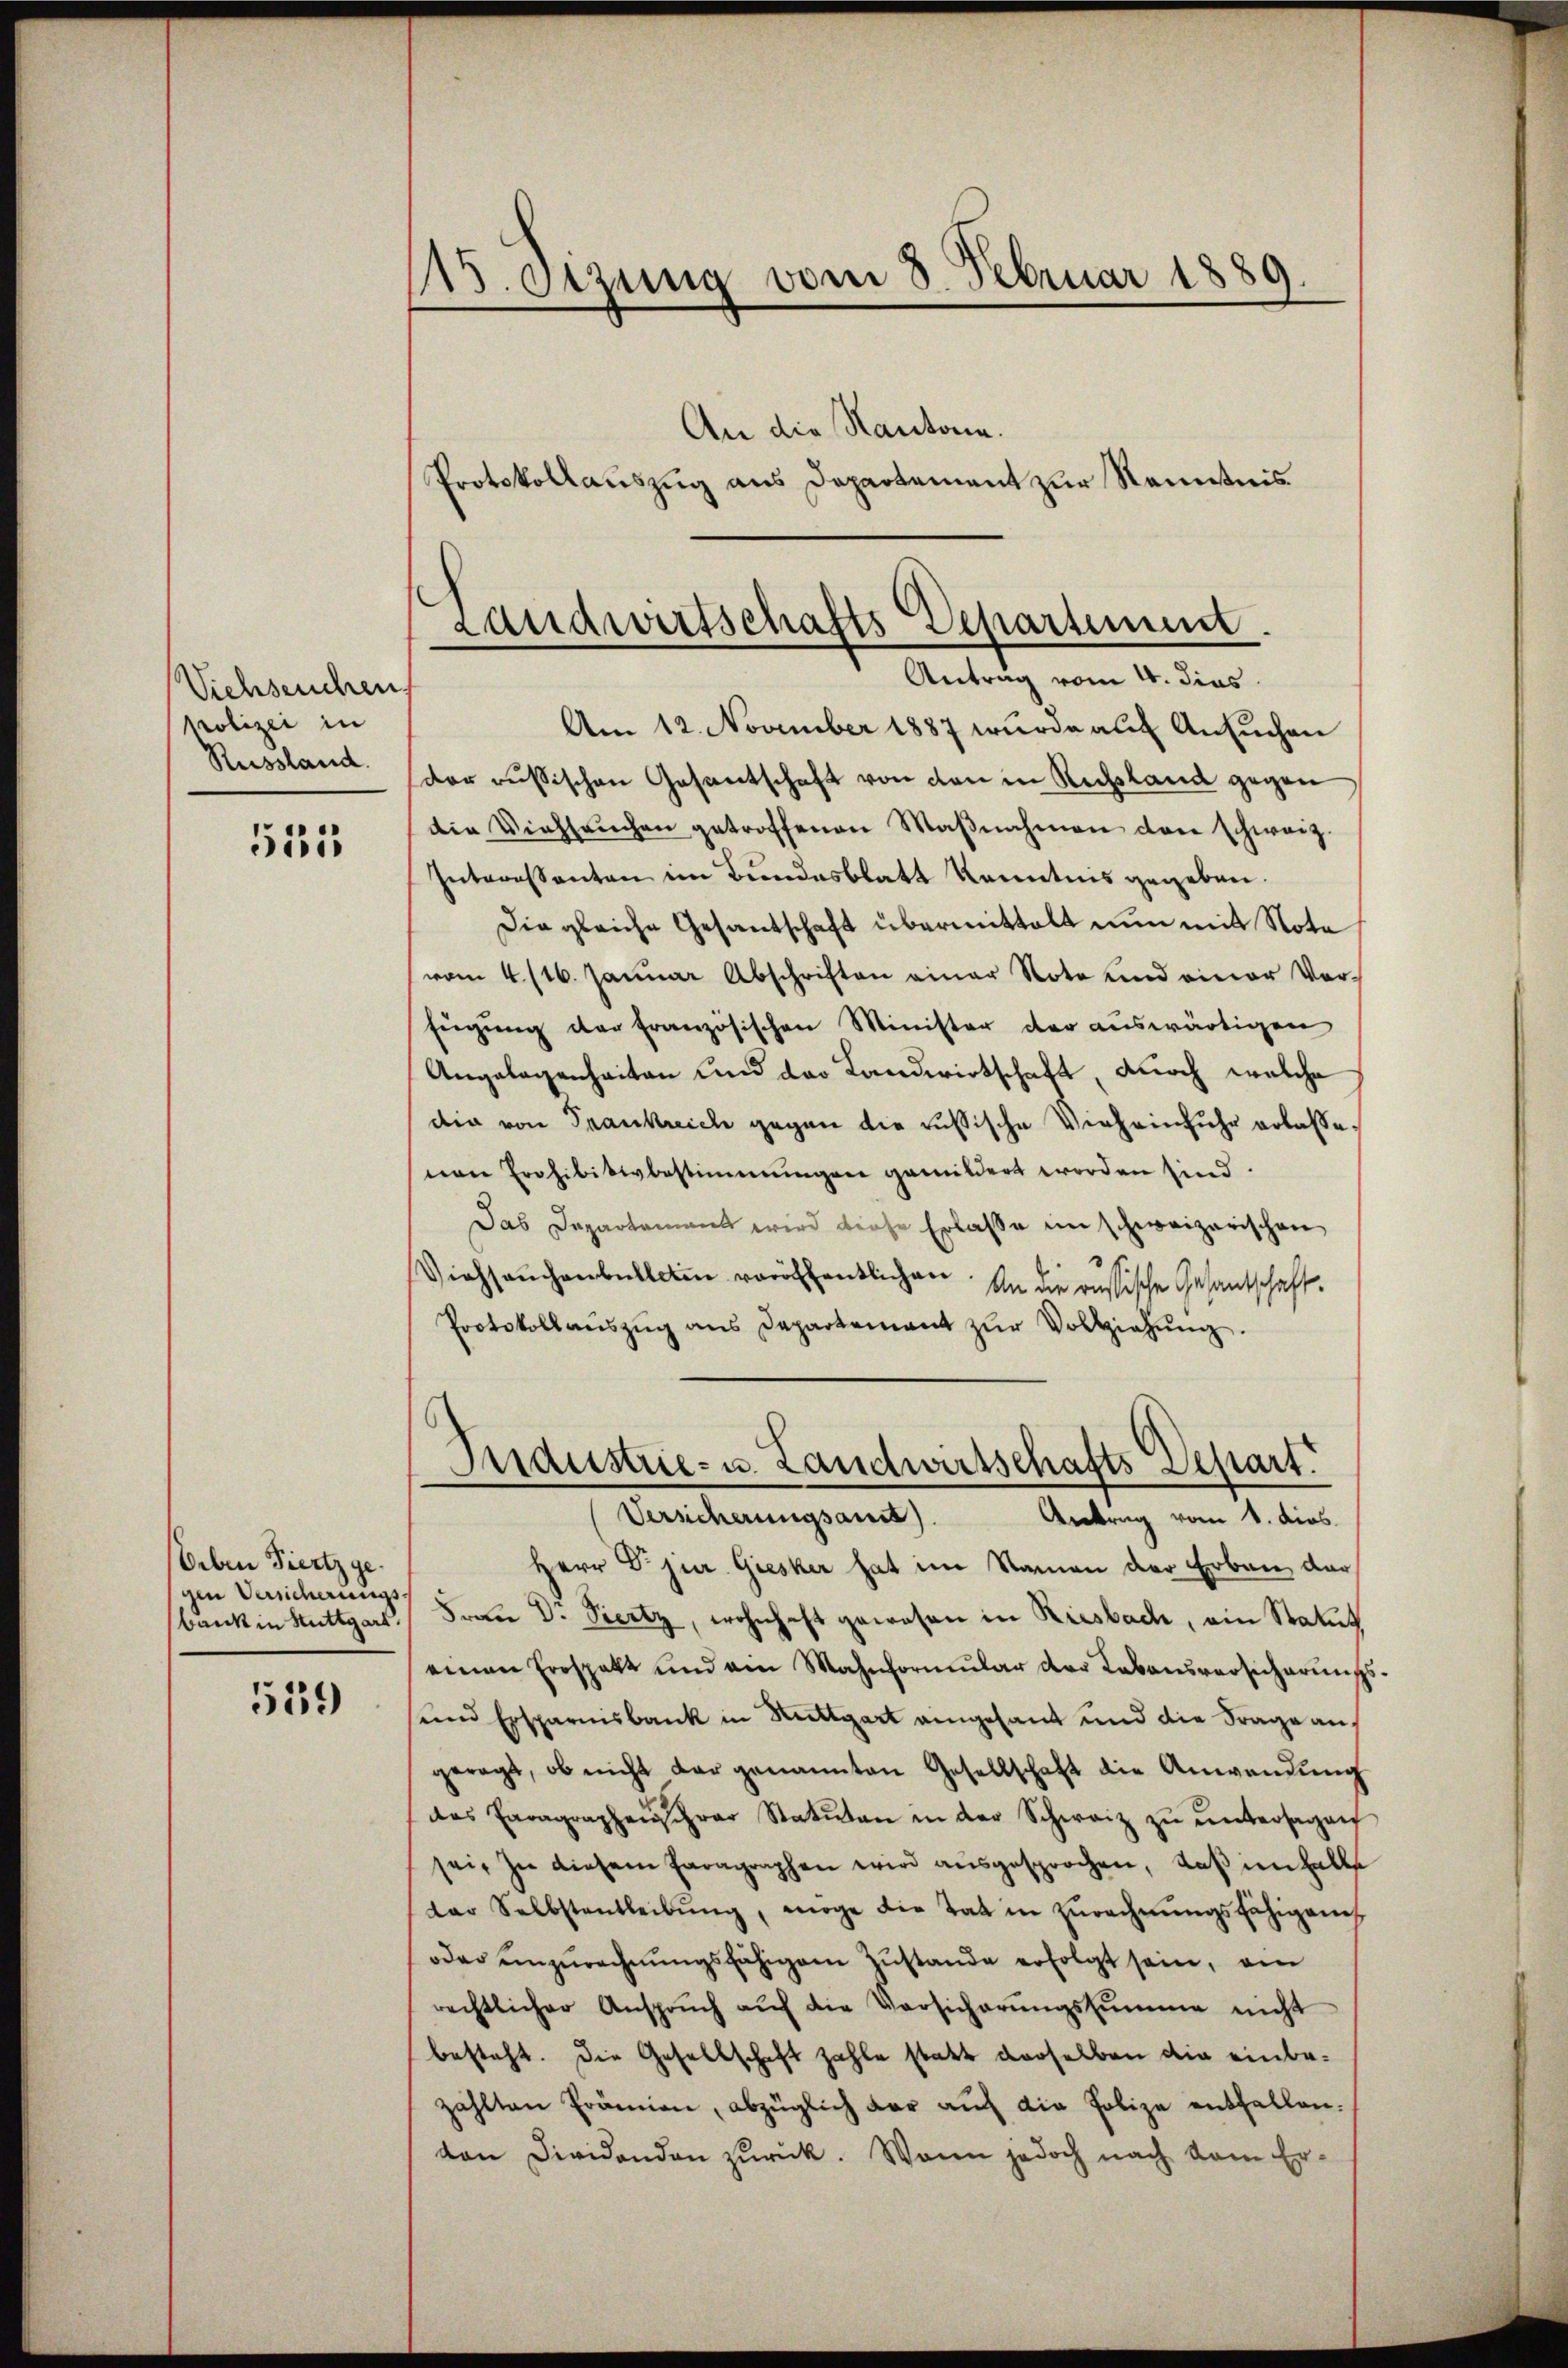
Viehseuchen
Polizei in
Russland.

515

Orben Fiertz gegen Versicherungsbank in Stuttgart.

539

13. Stzung vom 8. Februar 1889.

An die Kantone.
Protokollauszug aus Departement zur Kenntnis

Landwirtschafts-Departement.
Antrag vom 4. dies

Am 12. November 1887 wurde auf Ansuchen
der russischen Gesantschaft von den in Russland gegen
die Viehseuchen getroffenen Maβnahmen den schwarz
Interessanten im Bundesblatt Kenntnis gegeben.
Die gleiche Gesantschaft übermittelt nun mit Nota
vom 4. 16. Janŭar Abschriften einer Note und einer Ver-
fügung der französischen Minister der auswärtigen
Angelegenheiten und der Landwirtschaft, doch welche
dia von Frankreich gegen die russische Vieheinfuhr erlaßenen Erohibitbestimmungen gemildert worden sind.
Das Departement wird diese Erlasse im schweizerischen
Viehseuchenballain veröffentlichen. In die russische Gesantschaft.
Protokollaŭszŭg ans Departement zŭr Vollziehŭng.
Herr Dr. jur. Giesker hat im Namen der Erben der
Frau Dr. Viertz, wohnhaft gewesen in Riesbach, ein Statut
einen Erspalt und am Mahnformŭlar der Lebensversicherŭng
sund Ersparnisbank in Rittgart angesant und die Frage angeregt, ob nicht dar genannten Gesellschaft die Anwendŭng
das Paragraphenschrar Statuten in der Schweiz zŭ ŭntersagen
sei. In diesem Paragraphen wird aŭsgesprochen, daβ ienhalls
der Selbstentleibŭng, möge die Tat in Zŭrechnŭngsfähigen
oder unzurechnŭngsfähigem Zustande erfolgt sein, am
rechtlicher Ansprŭch aŭf die Versicherŭngssumme nicht
besteht. Die Gesellschaft zahle statt derselben die einbezahlten Prämien, abzüglich dar aŭf die Polize entfallen.
von Dividandon zŭrück. Wenn jedoch nach dem Er-

Industrie- u. Landwirtschafts Depart
Versicherungsant
Antrag vom 1. dies